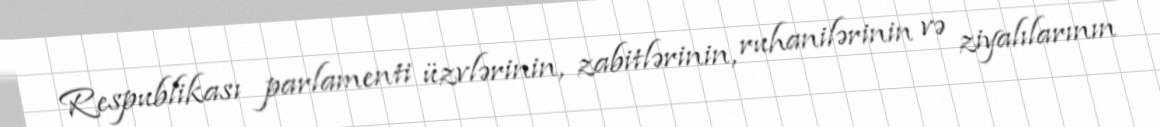
Respublikası parlamenti üzvlərinin, zabitlərinin, ruhanilərinin və ziyalılarının